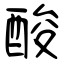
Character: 酸